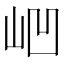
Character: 𱛗